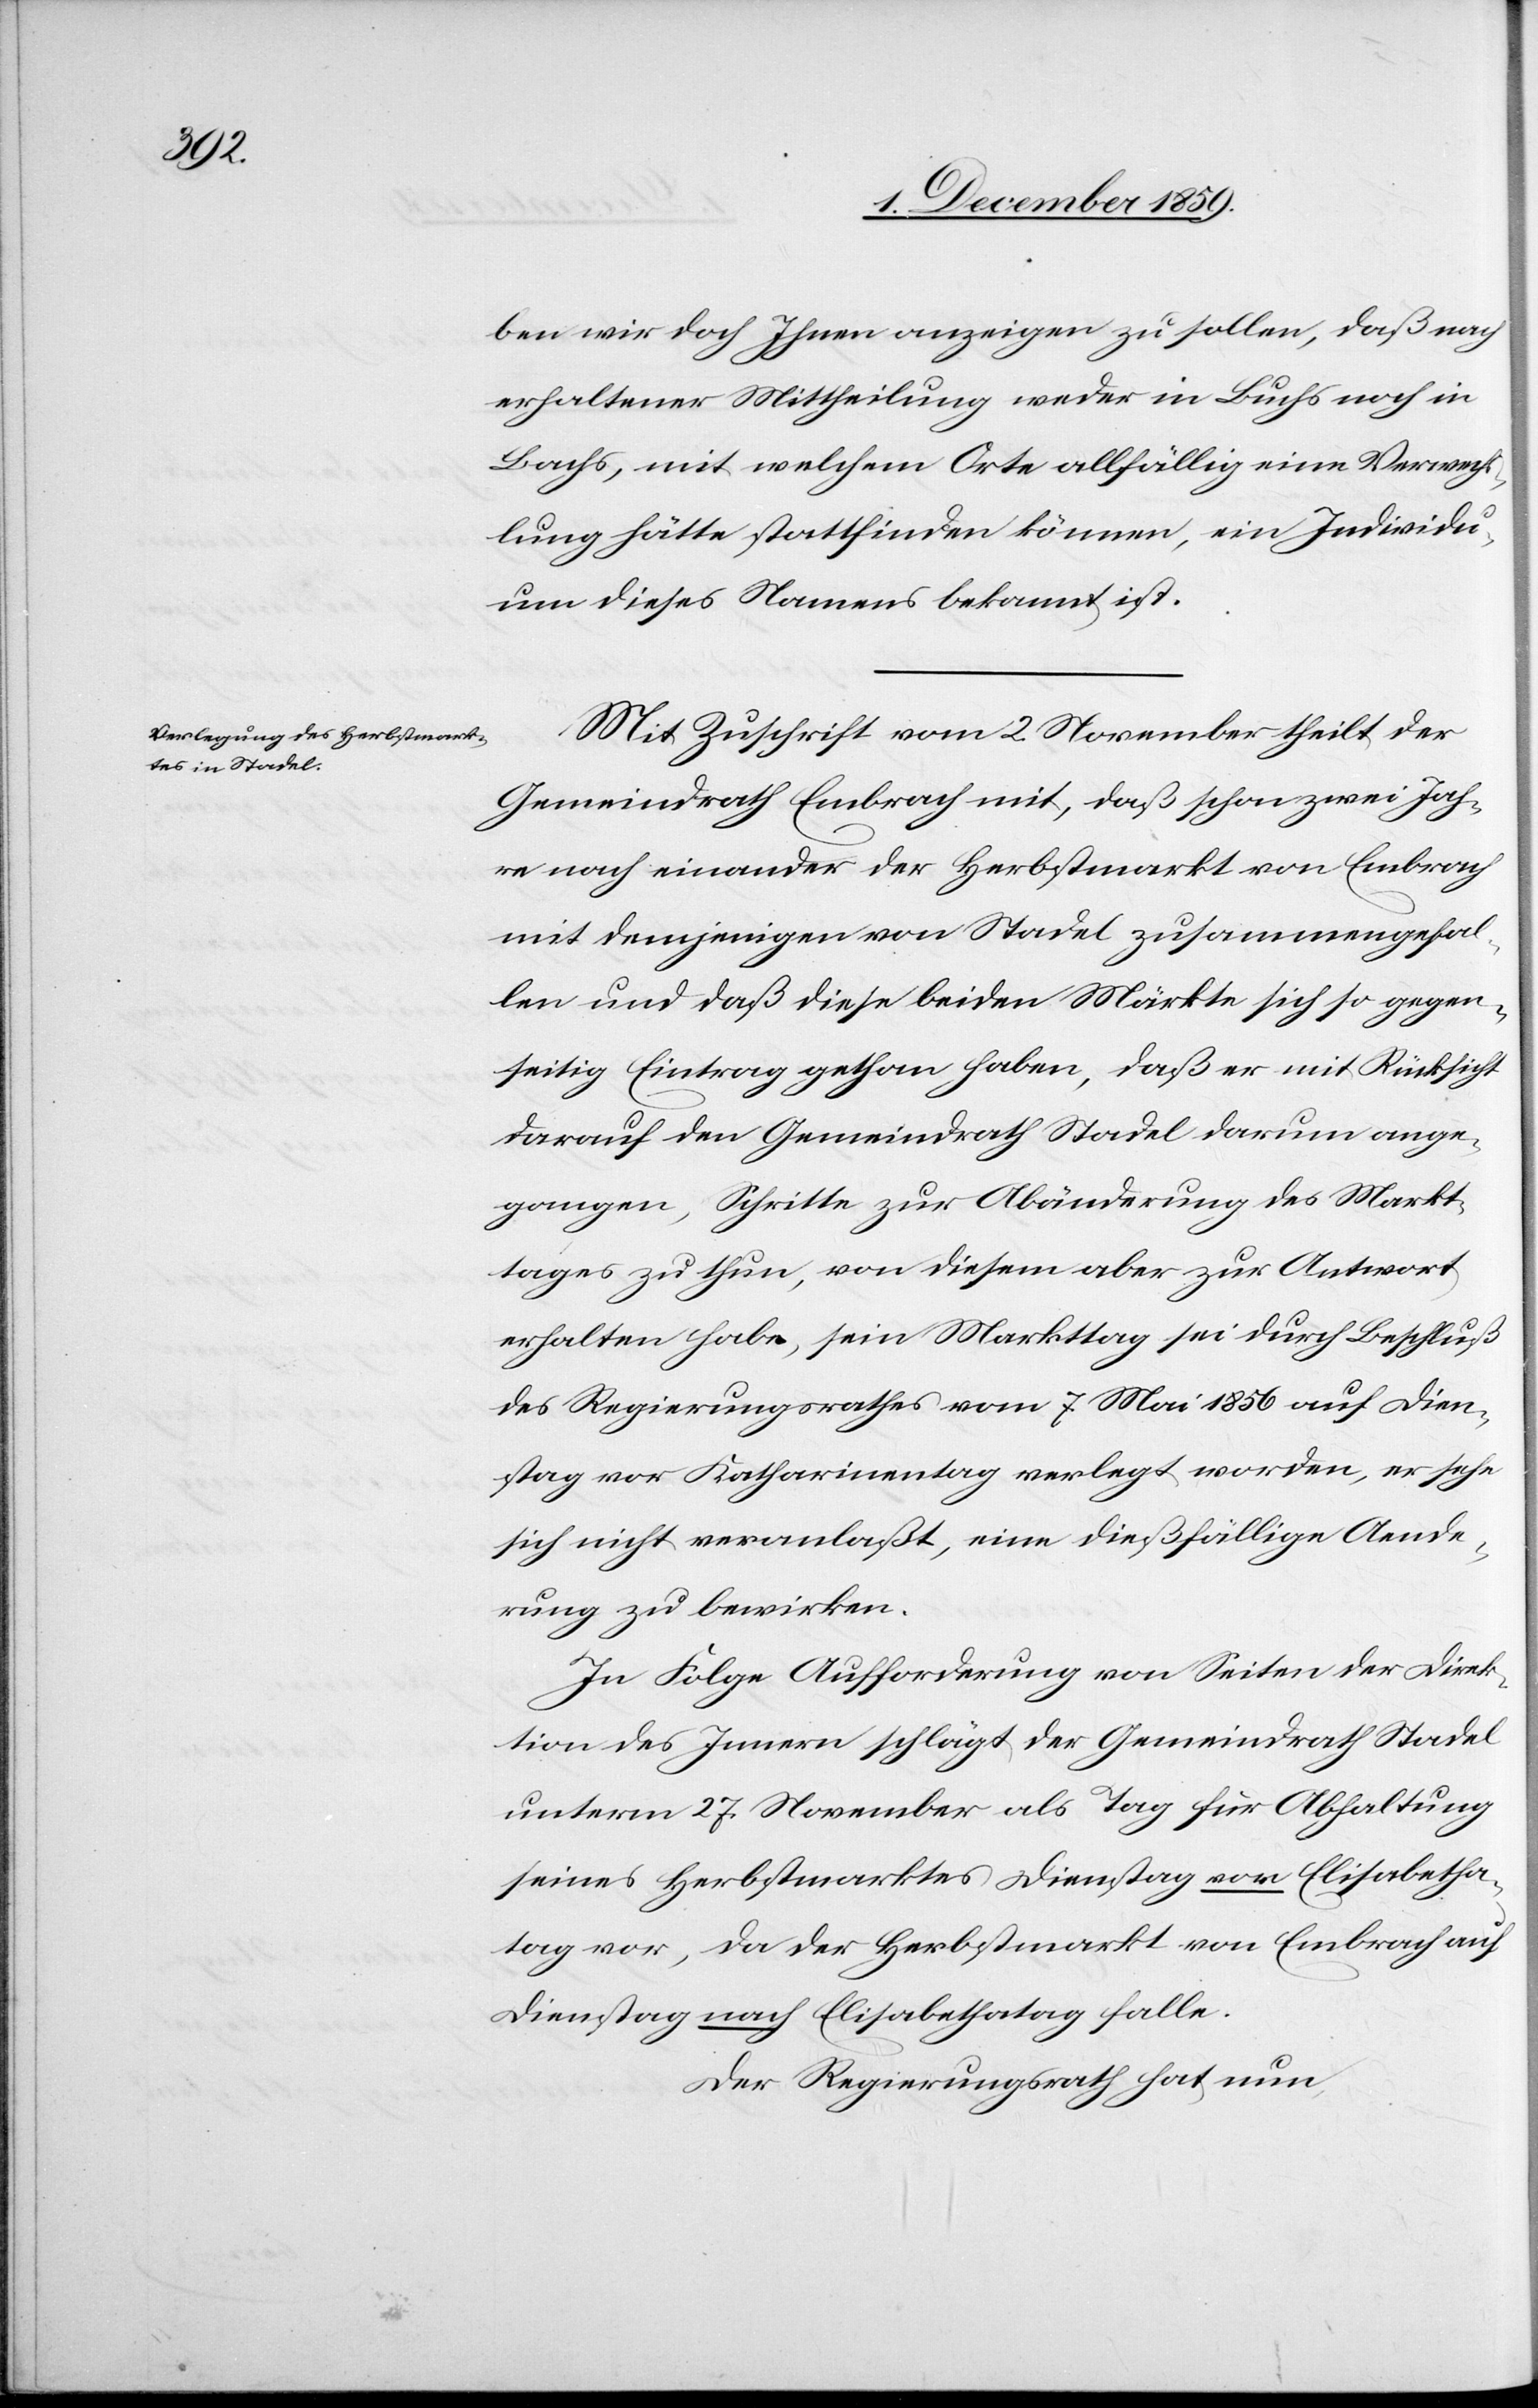
ben wir doch Ihnen anzeigen zu sollen, daß nach
erhaltener Mittheilung weder in Buchs noch in
Bachs, mit welchem Orte allfällig eine Verwechs¬
lung hätte stattfinden können, ein Individu¬
um dieses Namens bekannt ist.
Mit Zuschrift vom 2. November theilt der
Gemeindrath Embrach mit, daß schon zwei Jah¬
re nach einander der Herbstmarkt von Embrach
mit demjenigen von Stadel zusammenfal¬
len und daß diese beiden Märkte sich gegen¬
seitig Eintrag gethan haben, daß er mit Rücksicht
darauf den Gemeindrath Stadel darum ange¬
gangen, Schritte zur Abänderung des Markt¬
tages zu thun, von diesem aber zur Antwort
erhalten habe, sein Markttag sei durch Beschluß
des Regierungsrathes vom 7. Mai 1856 auf Dien¬
stag vor Katharinentag verlegt worden, er sehe
sich nicht veranlaßt, eine dießfällige Aende¬
rung zu bewirken.
In Folge Aufforderung von Seiten der Direk¬
tion des Innern schlägt der Gemeindrath Stadel
unterm 27. November als Tag für Abhaltung
seines Herbstmarktes Dienstag vor Elisabetha¬
tag vor, da der Herbstmarkt von Embrach auf
Dienstag nach Elisabethatag falle.
Der Regierungsrath hat nun